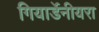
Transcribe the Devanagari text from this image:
गियार्डेनीयरा